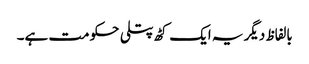
بالفاظ دیگر یہ ایک کٹھ پتلی حکومت ہے۔